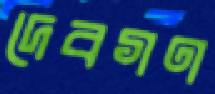
দেবগণ